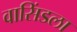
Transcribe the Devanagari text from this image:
वासिंडला